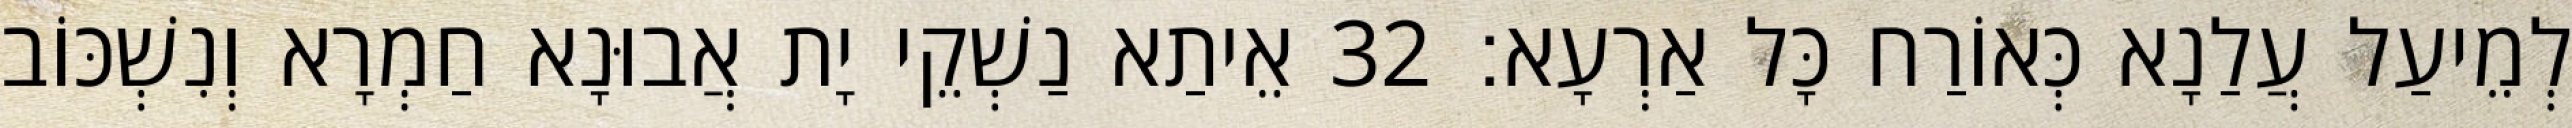
לְמֵיעַל עֲלַנָא כְּאוֹרַח כָּל אַרְעָא׃ 32 אֵיתַא נַשְׁקֵי יָת אֲבוּנָא חַמְרָא וְנִשְׁכּוֹב